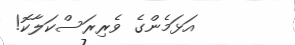
އަޅަމެންގެ ވެރިރަސްކަލާކޮ!